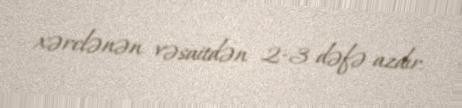
xərclənən vəsaitdən 2-3 dəfə azdır.